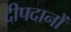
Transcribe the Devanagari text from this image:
दीपदानों